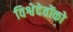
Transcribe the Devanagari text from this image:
विश्वेदेवोंको